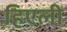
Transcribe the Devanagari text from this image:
हिएली